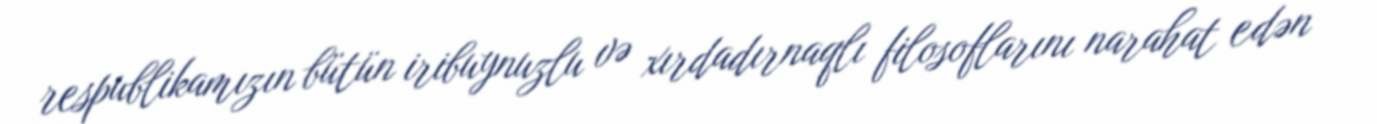
respublikamızın bütün iribuynuzlu və xırdadırnaqlı filosoflarını narahat edən